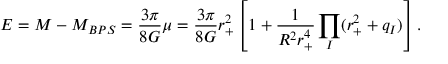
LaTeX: E = M - M _ { B P S } = \frac { 3 \pi } { 8 G } \mu = \frac { 3 \pi } { 8 G } r _ { + } ^ { 2 } \left[ 1 + \frac { 1 } { R ^ { 2 } r _ { + } ^ { 4 } } \prod _ { I } ( r _ { + } ^ { 2 } + q _ { I } ) \right] .